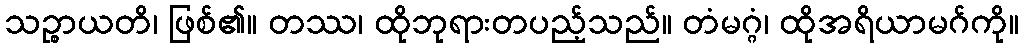
သဉ္စာယတိ၊ ဖြစ်၏။ တဿ၊ ထိုဘုရားတပည့်သည်။ တံမဂ္ဂံ၊ ထိုအရိယာမဂ်ကို။